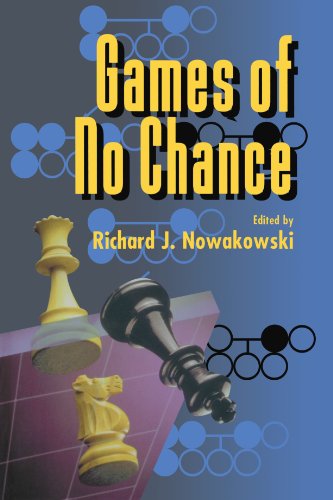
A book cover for Games of No Chance (Mathematical Sciences Research Institute Publications); Science & Math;